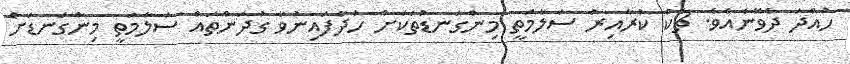
ހުއްދަ ދެވޭނެއެވެ. ޗެކް ކުރާއިރު ސަލާމަތީ މިންގަނޑުތަކަށް ހަދާފައިނުވާ ގުދަންތައް ސަލާމަތީ މިންގަނޑަށް